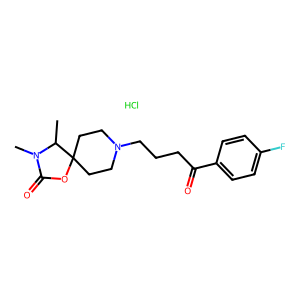
SMILES: CC1N(C)C(=O)OC12CCN(CCCC(=O)c1ccc(F)cc1)CC2.Cl
Inhibits HIV replication: No